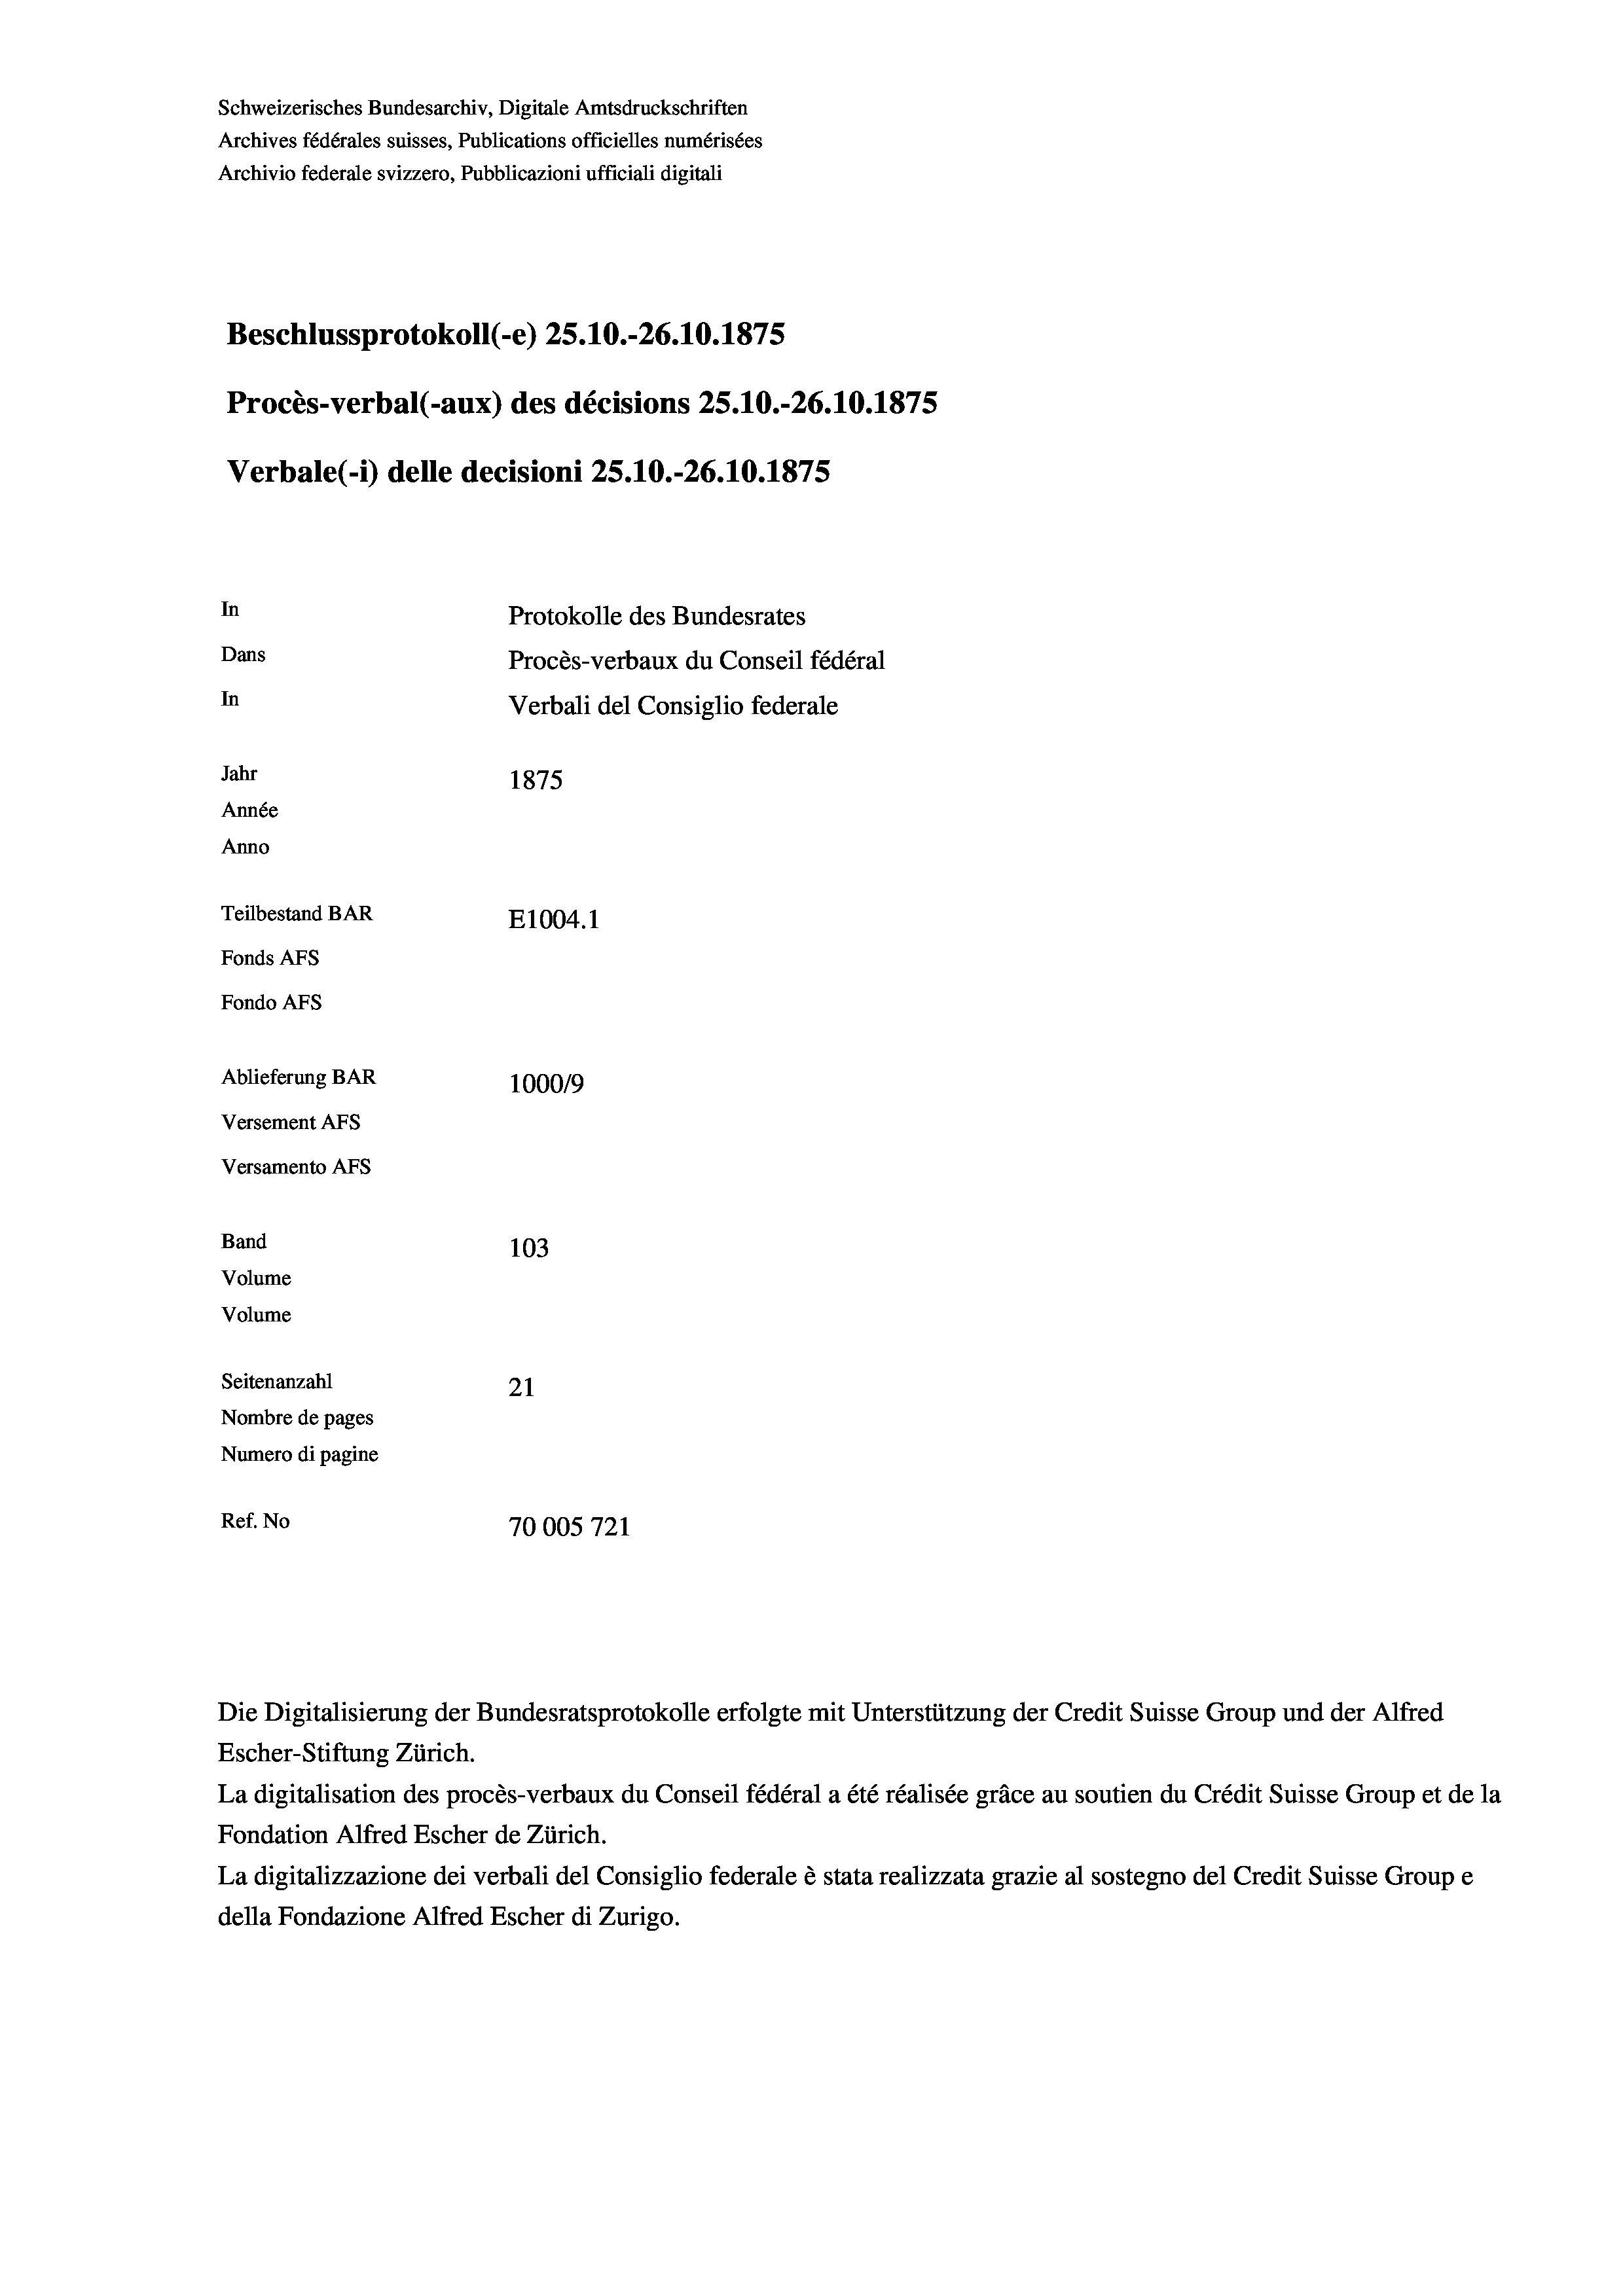
Schweizerisches Bundesarchiv, Digitale Amtsdruckschriften
Archives fédérales suisses, Publications officielles numérisées
Archivio federale svizzero, Pubblicazioni ufficiali digitali
Beschlussprotokoll (-e) 25.10.-26.10.1875
Procès-verbal (-aux) des décisions 25.10.-26.10.1875
Verbale (- 1) delle decisioni 25.10.-26.10.1875
In
Protokolle des Bundesrates
Dans
Procès-verbaux du Conseil fédéral
In
Verbali del Consiglio federale
Jahr
1875
Année
Anno
Teilbestand BAR
E1004.1
Fonds Afs
Fondo AFs
Ablieferung BAR
100019
Versement AFs

103
Seitenanzahl
21
Nombre de pages
Numero di pagine
Ref. No
70005 721

Versamento Afs
Band
Volume
Volume

Die Digitalisierung der Bundesratsprotokolle erfolgte mit Unterstützung der Credit Suisse Group und der Alfred

Escher-Stiftung Zürich.
La digitalisation des procès-verbaux du Conseil fédéral a été réalisée gräce au soutien du Crédit Suisse Group et de la
Fondation Alfred Escher de Zürich.
La digitalizzazione dei verbali del Consiglio federale è stata realizzata grazie al sostegno del Credit Suisse Groupe
della Fondazione Alfred Escher di Zurigo.